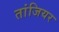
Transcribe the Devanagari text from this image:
तांजियर